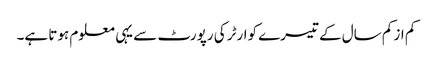
کم از کم سال کے تیسرے کوارٹر کی رپورٹ سے یہی معلوم ہوتا ہے۔